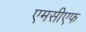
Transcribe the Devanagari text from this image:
एमसीएफ